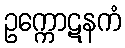
ဥက္ကောဋနကံ